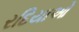
રદિયાઓ